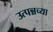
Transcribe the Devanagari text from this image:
उत्पन्नच्या